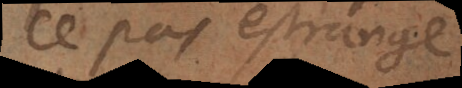
ce pas estrange